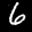
Label: 6